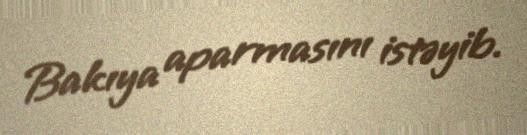
Bakıya aparmasını istəyib.